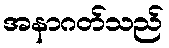
အနာဂတ်သည်